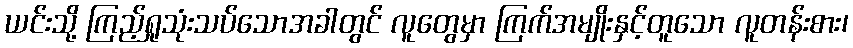
ယင်းသို့ ကြည့်ရှုသုံးသပ်သောအခါတွင် လူတွေမှာ ကြက်အမျိုးနှင့်တူသော လူတန်းစား၊